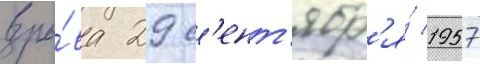
взры́ва 29 с'ент'ябр'я́ 1957